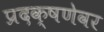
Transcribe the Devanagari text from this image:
प्रदक्षणेवर